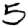
Digit: 5